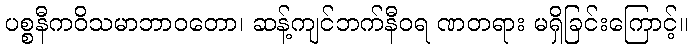
ပစ္စနီကဝိသမာဘာဝတော၊ ဆန့်ကျင်ဘက်နီဝရ ဏတရား မရှိခြင်းကြောင့်။